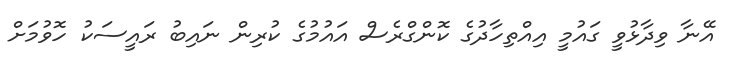
އޭނާ ވިދާޅުވީ ގައުމީ އިއްތިހާދުގެ ކޮންގްރެސް އައުމުގެ ކުރިން ނައިބު ރައީސަކު ހޮވުމަށް